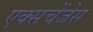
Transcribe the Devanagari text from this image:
एक्सचेंजेस